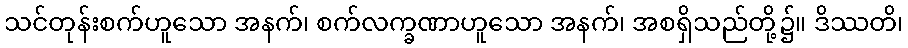
သင်တုန်းစက်ဟူသော အနက်၊ စက်လက္ခဏာဟူသော အနက်၊ အစရှိသည်တို့၌။ ဒိဿတိ၊